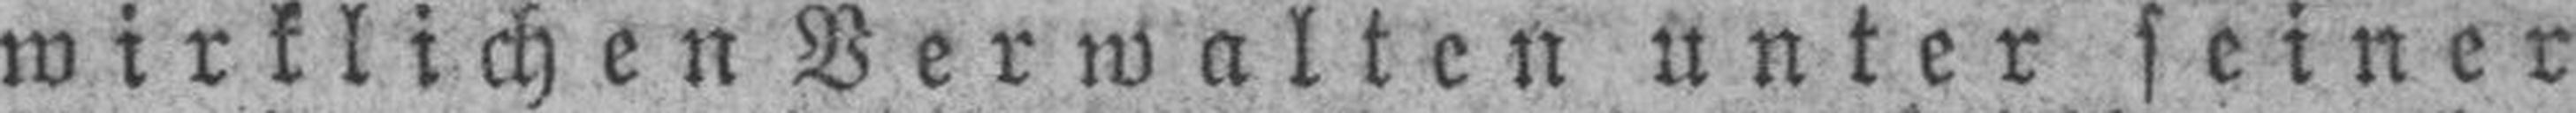
wirklichen Verwalten unter seiner